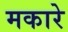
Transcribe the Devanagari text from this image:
मकारे